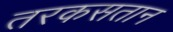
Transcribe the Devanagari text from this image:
तरकसतान